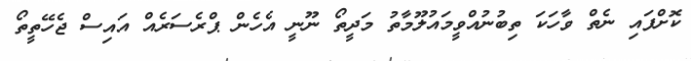
ކޮށްފައި ނެތް ވާހަކަ ތިބުނުއްވީމައުލޫމާތު މަދީތޯ ނޫނީ އެހެން ޕްރެސަރެއް އައިސް ޖެހޭތީތޯ